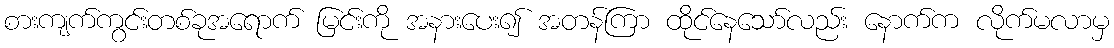
စားကျက်ကွင်းတစ်ခုအရောက် မြင်းကို အနားပေး၍ အတန်ကြာ ထိုင်နေသော်လည်း နောက်က လိုက်မလာမှ